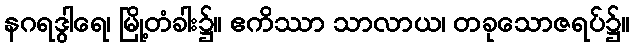
နဂရဒွါရေ၊ မြို့တံခါး၌။ ဧကိဿာ သာလာယ၊ တခုသောဇရပ်၌။